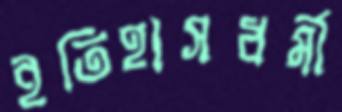
ইতিহাসধর্মী